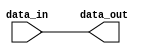
module bidirectional_buffer_gate(
  input wire data_in,
  output reg data_out
);

  always @ (data_in)
    data_out <= data_in;

endmodule